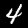
Label: 4